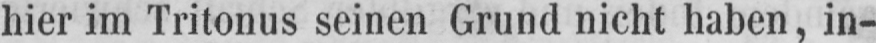
hier im Tritonus seinen Grund nicht haben, in-